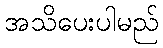
အသိပေးပါမည်